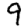
Digit: 9